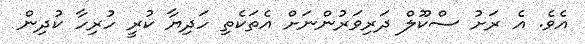
އެވެ. އެ ރަށު ސްކޫލް ދަރިވަރުންނަށް އެތަކެތި ހަދިޔާ ކުރީ ހުރިހާ ކުދިން